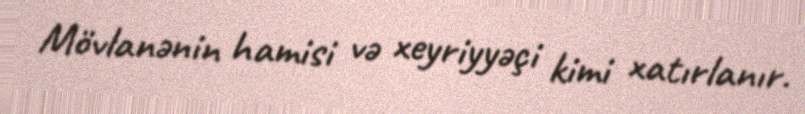
Mövlanənin hamisi və xeyriyyəçi kimi xatırlanır.